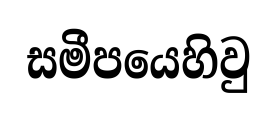
සමීපයෙහිවු